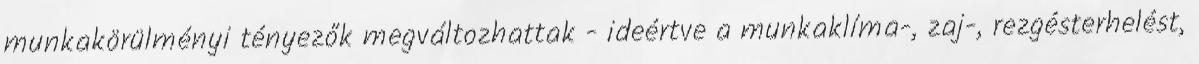
munkakörülményi tényezők megváltozhattak - ideértve a munkaklíma-, zaj-, rezgésterhelést,